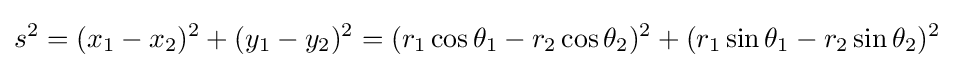
s^{2}=(x_{1}-x_{2})^{2}+(y_{1}-y_{2})^{2}=(r_{1}\cos \theta _{1}-r_{2}\cos \theta _{2})^{2}+(r_{1}\sin \theta _{1}-r_{2}\sin \theta _{2})^{2}